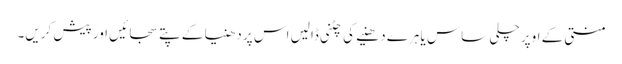
منتی کے اوپر چلی ساس یا ہرے دھنیے کی چٹنی ڈالیں اس پر دھنیا کے پتے سجائیں اور پیش کریں۔